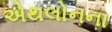
એથલોનના